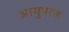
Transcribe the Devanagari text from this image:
आयुपरक